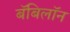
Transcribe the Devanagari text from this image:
बॅबिलॉन